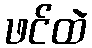
ဖင်ထဲ